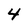
Character: 4